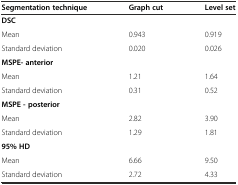
<table><thead><tr><td><b>Segmentation technique</b></td><td><b>Graph cut</b></td><td><b>Level set</b></td></tr></thead><tbody><tr><td><b>DSC</b></td><td></td><td></td></tr><tr><td>Mean</td><td>0.943</td><td>0.919</td></tr><tr><td>Standard deviation</td><td>0.020</td><td>0.026</td></tr><tr><td><b>MSPE- anterior</b></td><td></td><td></td></tr><tr><td>Mean</td><td>1.21</td><td>1.64</td></tr><tr><td>Standard deviation</td><td>0.31</td><td>0.52</td></tr><tr><td><b>MSPE - posterior</b></td><td></td><td></td></tr><tr><td>Mean</td><td>2.82</td><td>3.90</td></tr><tr><td>Standard deviation</td><td>1.29</td><td>1.81</td></tr><tr><td><b>95% HD</b></td><td></td><td></td></tr><tr><td>Mean</td><td>6.66</td><td>9.50</td></tr><tr><td>Standard deviation</td><td>2.72</td><td>4.33</td></tr></tbody></table>